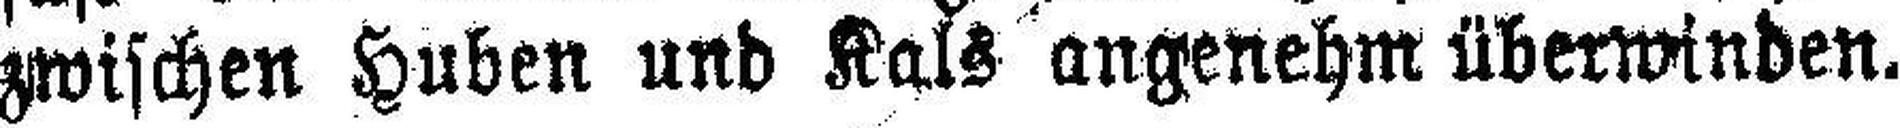
zwischen Huben und Kals angenehm überwinden.